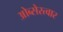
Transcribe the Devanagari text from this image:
ओब्सेरत्वार